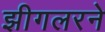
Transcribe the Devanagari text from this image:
झीगलरने